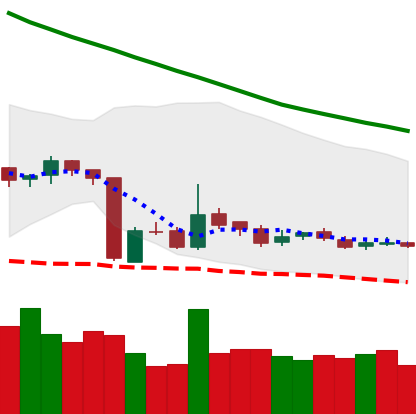
Ticker: LTC-USD
Chart end date: 2018-10-25
Forward return: -5.735%
Label: down_5_7